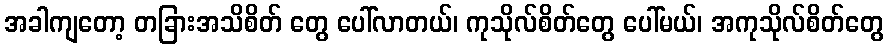
အခါကျတော့ တခြားအသိစိတ် တွေ ပေါ်လာတယ်၊ ကုသိုလ်စိတ်တွေ ပေါ်မယ်၊ အကုသိုလ်စိတ်တွေ